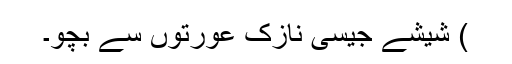
) شیشے جیسی نازک عورتوں سے بچو۔